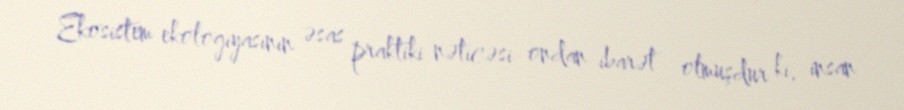
Ekosistem ekologiyasının əsas praktiki nəticəsi ondan ibarət olmuşdur ki, insan